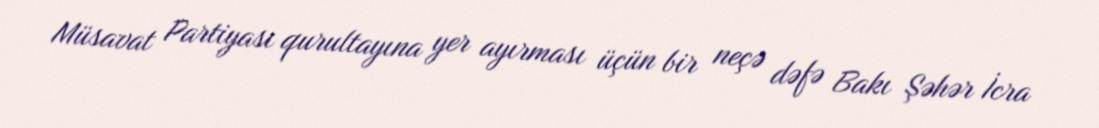
Müsavat Partiyası qurultayına yer ayırması üçün bir neçə dəfə Bakı Şəhər İcra